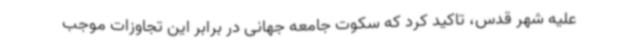
علیه شهر قدس، تاکید کرد که سکوت جامعه جهانی در برابر این تجاوزات موجب